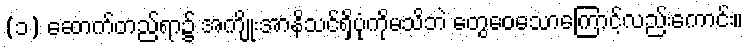
(၁) ဆောက်တည်ရာ၌ အကျိုးအာနိသင်ရှိပုံကိုမသိဘဲ တွေဝေသောကြောင့်လည်းကောင်း။